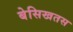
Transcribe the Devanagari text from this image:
बेसिखतस